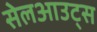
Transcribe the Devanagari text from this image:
सेलआउट्स